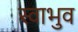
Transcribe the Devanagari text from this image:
स्वाभुव